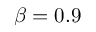
\beta = 0 . 9